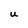
Character: U